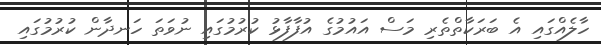
ހާލެއްގައި އެ ބަރަކާތްތެރި މަސް އައުމުގެ އުފާފާޅު ކުރުމުގައި ނުވަތަ ހަނދާން ކުރުމުގައި